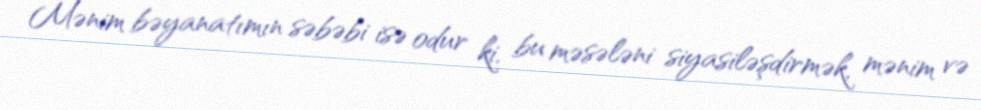
Mənim bəyanatımın səbəbi isə odur ki, bu məsələni siyasiləşdirmək, mənim və